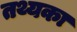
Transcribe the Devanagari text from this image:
तथ्यका